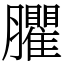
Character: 臞